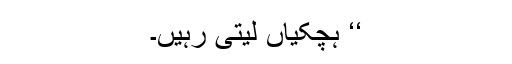
‘‘ ہچکیاں لیتی رہیں۔